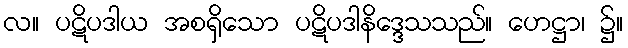
လ။ ပဋိပဒါယ အစရှိသော ပဋိပဒါနိဒ္ဒေသသည်။ ဟေဋ္ဌာ၊ ၌။